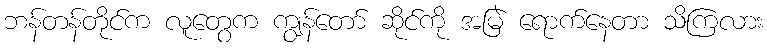
ဘန်တန်တိုင်က လူတွေက ကျွန်တော် ဆိုင်ကို အမြဲ ရောက်နေတာ သိကြလား